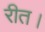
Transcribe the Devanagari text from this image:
रीत।